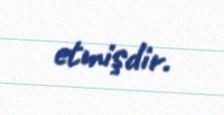
etmişdir.